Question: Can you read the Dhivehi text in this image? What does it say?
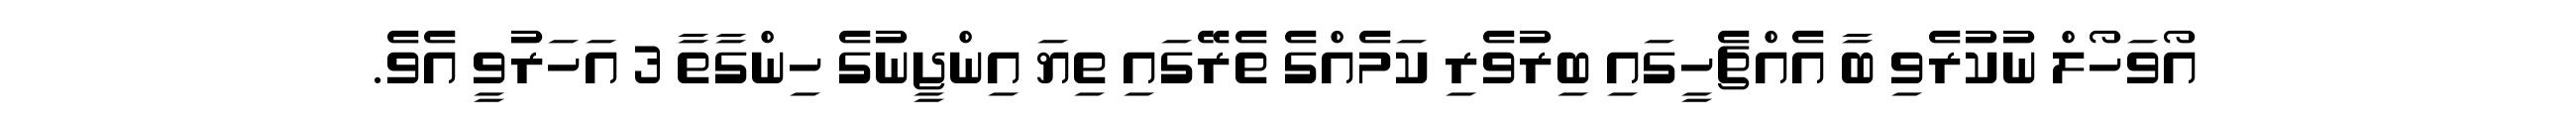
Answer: އޯވަހޯލް ނުކުރެވި ބާ އެއްޗެހީގައި ބިރުވެރި ކަމެއްގެ ތެރޭގައި ތިޔަ އިންޖީނުގެ ހިންގާތާ 3 އަހަރުވީ އެވެ.